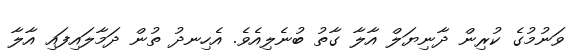
ވަނުމުގެ ކުރިން ދާނިޔަލް އާލާ ގާތު ބުނެލިއެވެ. އެހިނދު ތުން ދަމާލައިފައި އާލާ